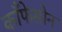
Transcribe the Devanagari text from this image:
काँफेसोन